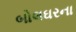
બોલઘરના